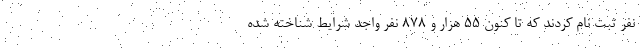
نفر ثبت نام کردند که تا کنون ۵۵ هزار و ۸۷۸ نفر واجد شرایط شناخته شده